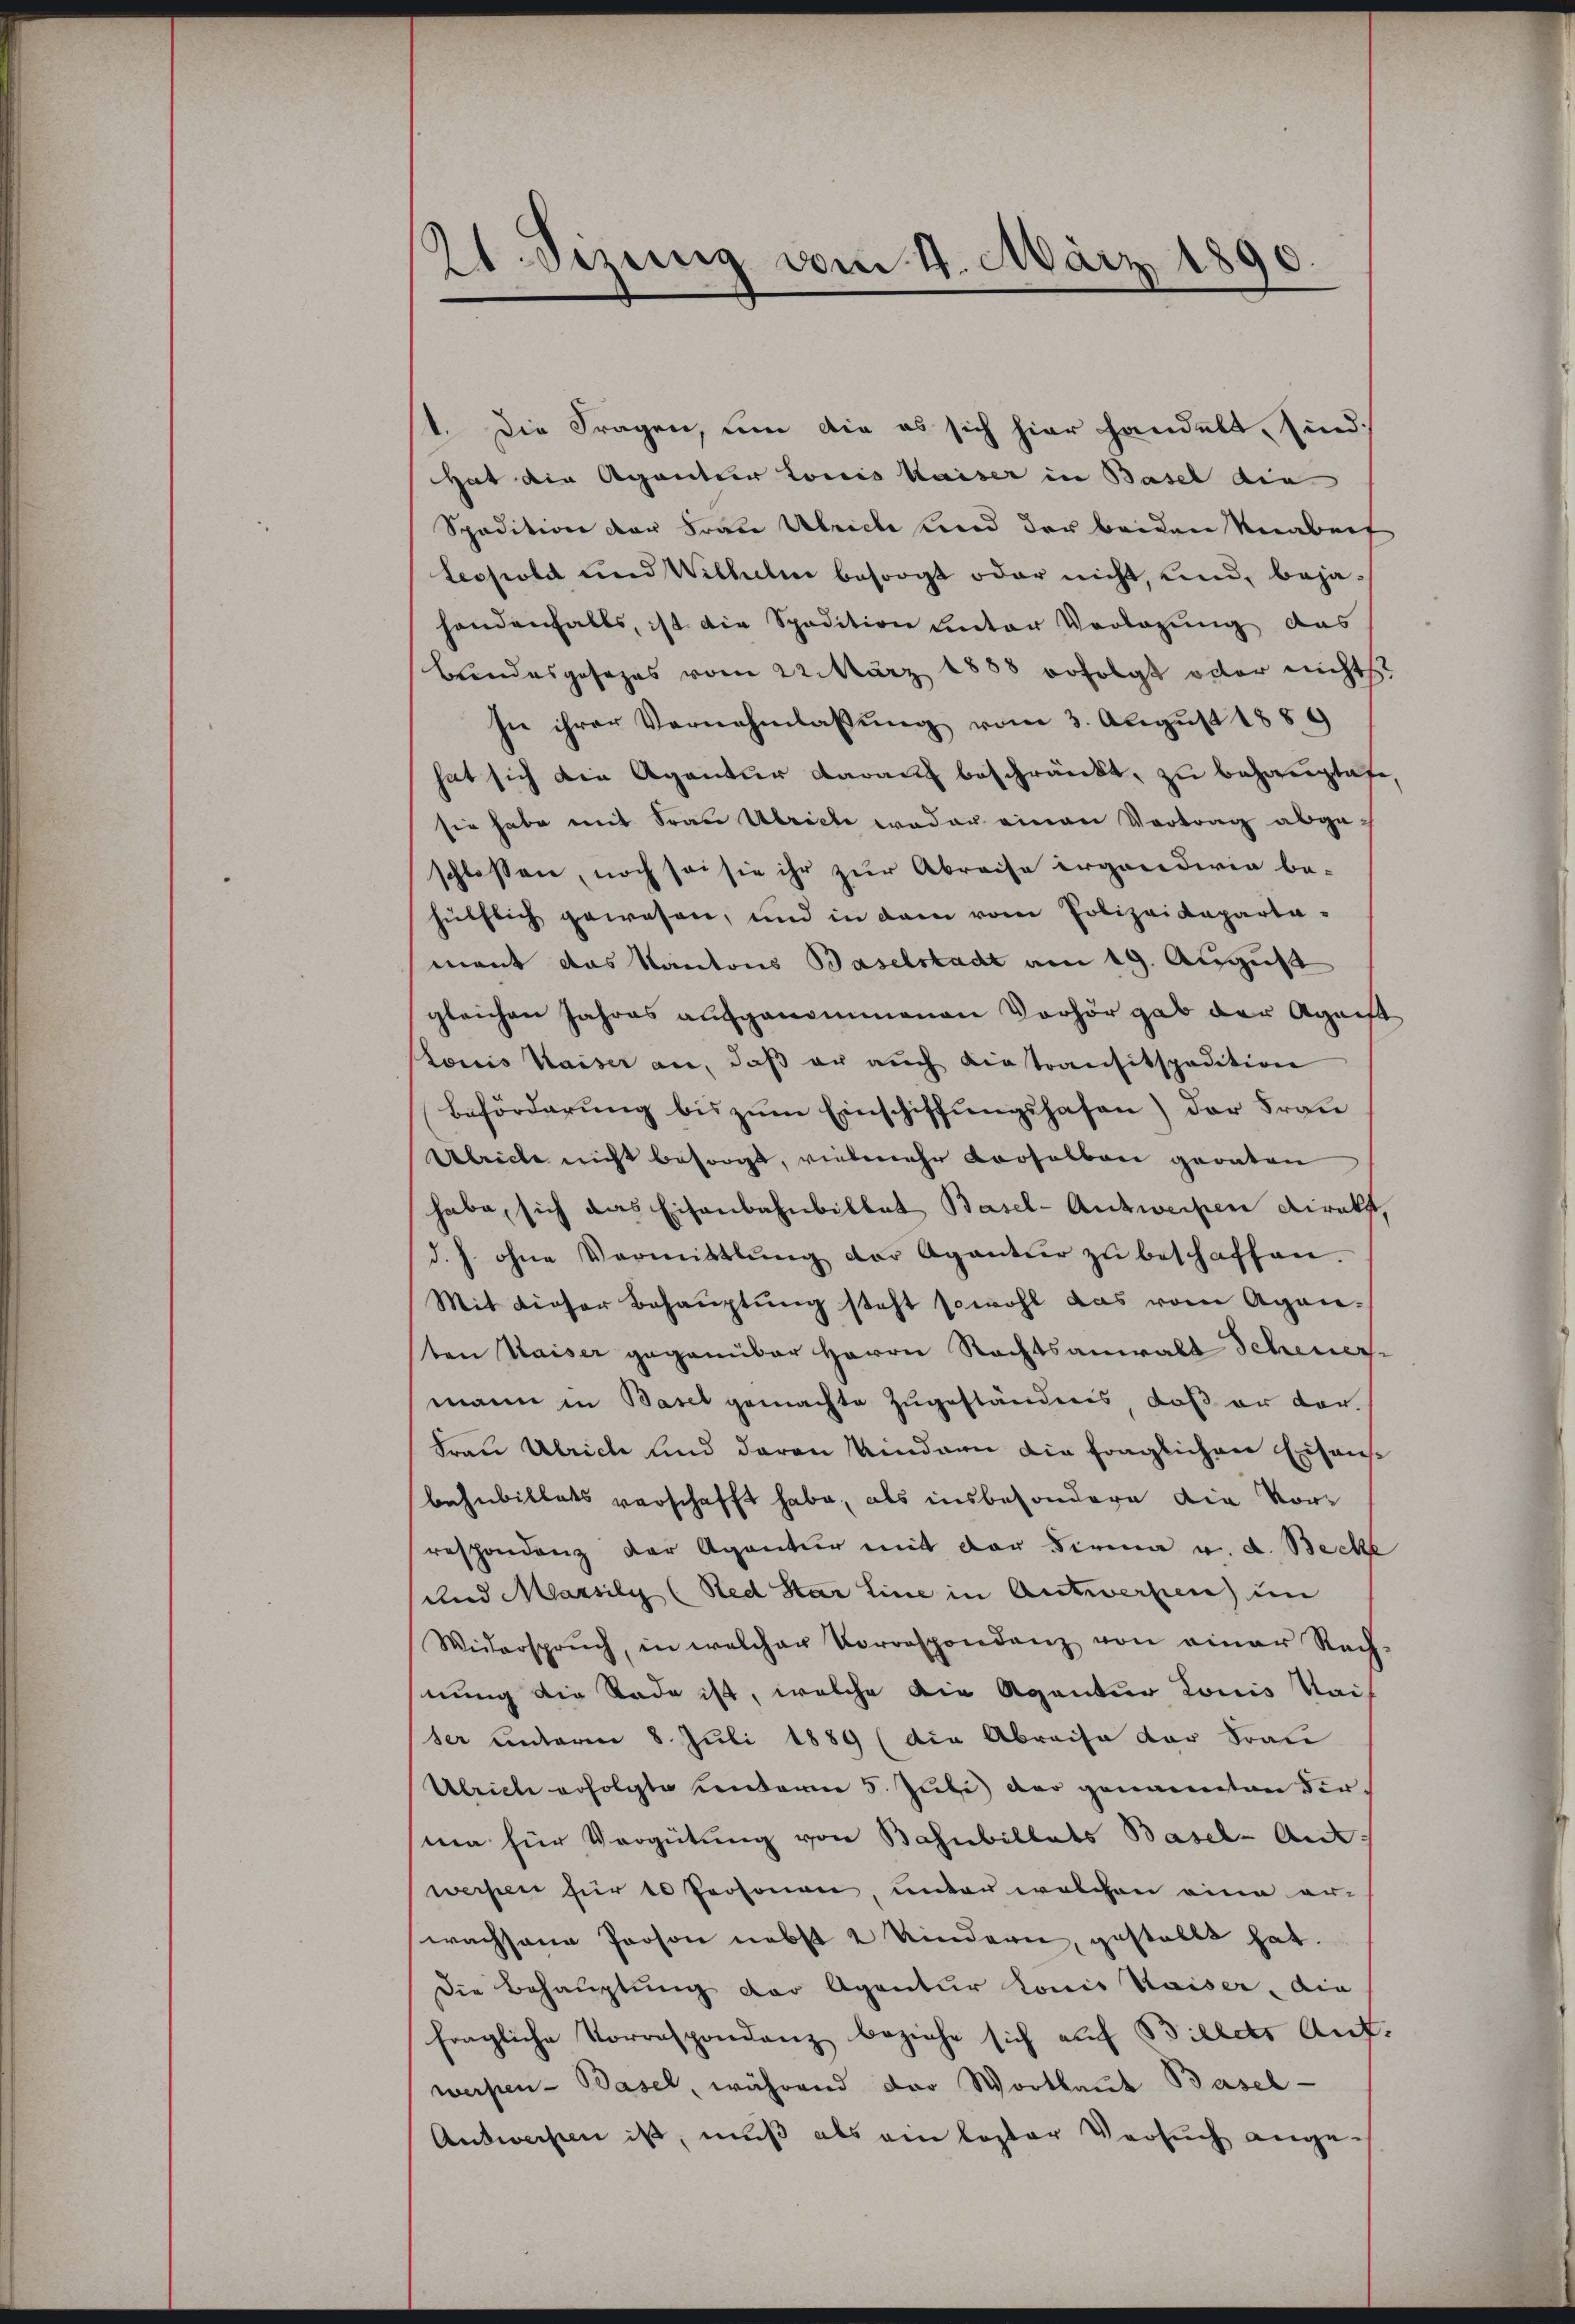
21. Sizung vom 4. März 1890.

1. Die Fragen, um die es sich hier handelt, sind.
Hat die Agantier Louis Kaiser in Basel die
Spadition der Frau Ulrich und der beiden Verabenf
Lessiolet und Wilhelm besorgt oder nicht, und bejahandenfalls, ist die Spedition unter Vorlegung des
bundesgesezes vom 22. März 1888 erfolgt oder nichts
sie ihrer Vernehmlassung vom 3. August 1889
hat sich die Agentur darauf beschränkt, zu behauptete,
sie habe mit Frau Ulriche weder einen Vortrag abge-
schlossen, noch sei sie ihr zur Abreise irgendwie be-
hülflich gewesen, und in dem vom Polizeideparta-
mant das Kantons Baselstadt am 19. August
gleichen Jahres aufgenommenen Vorhör gab der Agaist
Louis Waiser an, daβ er auch Liestransitspadition
Beförderung bis zum Einschiffungshafen) der Frau
Abreche nicht besorgt, vielmehr Looselbare geraten
habe, sich das Eisenbahnbillat Basel-Antwerpen direkt,
d. h. ohne Vermittlung der Agantier zŭ beschaffen.
Mit dieser Behauptung steht sowohl das vom Agan-
ten Kaiser gegenüber Herrn Rechtsanwalt Scheuermann in Basel gemachte Zugeständnis, daß er dar-
Frau Ulrich und davon Kindern die fraglichen Eisans
behnbillets verschafft habe, als insbesondere die Vorrespondenz der Agentur mit der Firma u. a. Becke
und Massily (Red Star Eine in Antwerfen un
Widerspruch, in welcher Vorrespondenz von einer Rach-
nung die Rade ist, welche die Agentur Louis Waiser unterm 8. Juli 1889 (die Abreise der Frau
Ulrich erfolgte unterm 5. Juli der genannten der
ma für Vergütung von Bahnbillats Basel-Ant:
werfen für 10 Personen, unter welchen eine er-
wachsene Person nebst 2 Kindern, gestellt hat.
Die Behauptung der Agentur Louis Kaiser, die
fragliche Vorrespondenz beziehe sich auf Billets Ant.
werpen - Basel, während der Wortlaut Basel-
Audweisten ist, muß als ein loster Versuch ange-